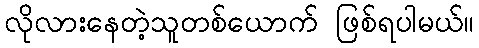
လိုလားနေတဲ့သူတစ်ယောက် ဖြစ်ရပါမယ်။